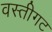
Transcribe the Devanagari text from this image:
वस्तीगट